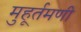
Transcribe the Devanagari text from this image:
मुहूर्तमणी